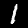
Digit: 1